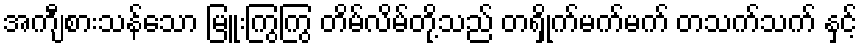
အကျီစားသန်သော မြူးကြွကြွ တိမ်လိမ်တို့သည် တရှိုက်မက်မက် တသက်သက် နှင့်